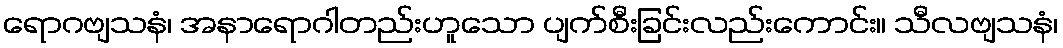
ရောဂဗျသနံ၊ အနာရောဂါတည်းဟူသော ပျက်စီးခြင်းလည်းကောင်း။ သီလဗျသနံ၊